Lunatic asylums Central Provinces reports 1895-1909 - 1895-1909
Year: 1895
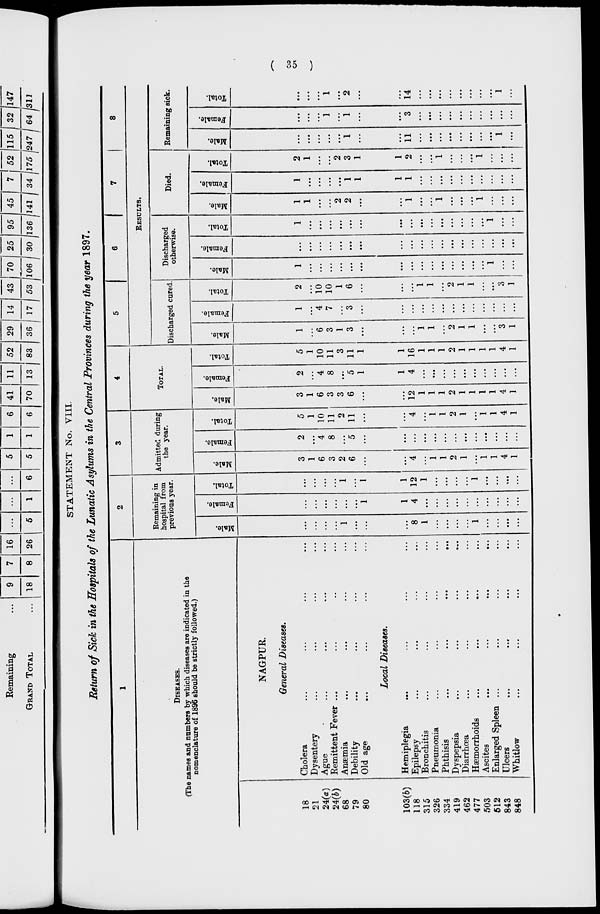
( 35 )
STATEMENT No. VIII.
Return of Sick in the Hospitals of the Lunatic Asylums in the Central Provinces during the year 1897.
1
DISEASES.
(The names and numbers by which diseases are indicated in the
nomenclature of 1896 should be strictly followed.)
18
21
24(a)
24(b)
68
79
80
103(b)
118
315
326
334
419
462
477
503
512
843
848
NAGPUR.
General Diseases.
Cholera ... ... ... ...
Dysentery ... ... ... ...
Ague ... ... ... ...
Remittent Fever ... ... ...
Anæmia ... ... ... ...
Debility ... ... ... ...
Old age ... ... ... ...
Local Diseases.
Hemiplegia ... ... ... ...
Epilepsy ... ... ... ...
Bronchitis ... ... ... ...
Pneumonia ... ... ... ...
Phthisis ... ... ... ...
Dyspepsia ... ... ... ...
Diarrhœa
...
...
...
...
Hæmorrhoids ... ... ... ...
Ascites ... ... ... ...
Enlarged Spleen ... ... ... ...
Ulcers ... ... ... ...
Whitlow ... ... ... ...
2
Remaining in
hospital from
previous year.
Male.
...
...
...
...
1
...
...
...
8
1
...
...
...
...
1
...
...
...
...
Female.
...
...
...
...
...
...
1
1
4
...
...
...
...
...
...
...
...
...
...
Total.
...
...
...
...
1
...
1
1
12
1
...
...
...
...
1
...
...
...
...
3
Admitted during
the year.
Male.
3
1
6
3
2
6
...
...
4
...
1
1
2
1
...
1
1
4
1
Female.
2
...
4
8
...
5
...
...
...
...
...
...
...
...
...
...
...
...
...
Total.
5
1
10
11
2
11
...
...
4
...
1
1
2
1
...
1
1
4
1
4
TOTAL.
Male.
3
1
6
3
3
6
...
...
12
1
1
1
2
1
1
1
1
4
1
Female.
2
...
4
8
...
5
1
1
4
...
...
...
...
...
...
...
...
...
...
Total.
5
1
10
11
3
11
1
1
16
1
1
1
2
1
1
1
1
4
1
5
6
7
8
RESULTS.
Discharged cured.
Male.
1
...
6
3
1
3
...
...
...
1
1
...
2
1
1
...
...
3
1
Female.
1
...
4
7
...
3
...
...
...
...
...
...
...
...
...
...
...
...
...
Total.
2
...
10
10
1
6
...
...
...
1
1
...
2
1
1
...
...
3
1
Discharged
otherwise.
Male.
1
...
...
...
...
...
...
...
...
...
...
...
...
...
...
...
1
...
...
Female.
...
...
...
...
...
...
...
...
...
...
...
...
...
...
...
...
...
...
...
Total.
1
...
...
...
...
...
...
...
...
...
...
...
...
...
...
...
1
...
...
Died.
Male.
1
1
...
...
2
2
...
...
1
...
...
1
...
...
...
1
...
...
...
Female.
1
...
...
...
...
1
1
1
1
...
...
...
...
...
...
...
...
...
...
Total.
2
1
...
...
2
3
1
1
2
...
...
1
...
...
...
1
...
...
...
Remaining sick.
Male.
...
...
...
...
...
1
...
...
11
...
...
...
...
...
...
...
...
1
...
Female.
...
...
...
1
...
1
...
...
3
...
...
...
...
...
...
...
...
...
...
Total.
...
...
...
1
...
2
...
...
14
...
...
...
...
...
...
...
...
1
...